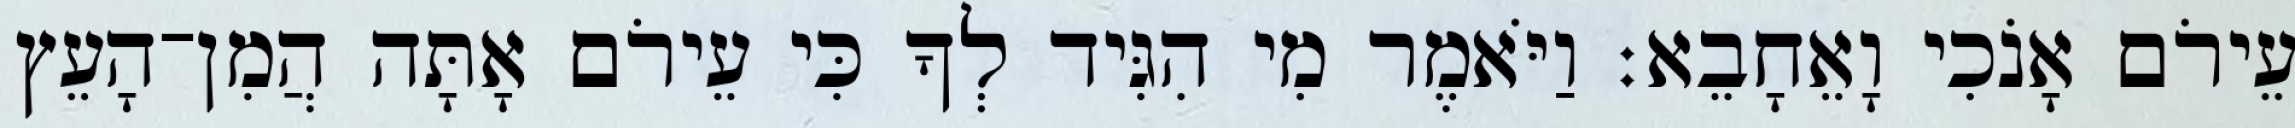
עֵירֹם אָנֹכִי וָאֵחָבֵא׃ וַיֹּאמֶר מִי הִגִּיד לְךָ כִּי עֵירֹם אָתָּה הֲמִן־הָעֵץ